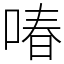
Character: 㖺